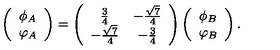
\left( \begin{array} { c } { \phi _ { A } } \\ { \varphi _ { A } } \\ \end{array} \right) = \left( \begin{array} { c c } { \frac { 3 } { 4 } } & { - \frac { \sqrt { 7 } } { 4 } } \\ { - \frac { \sqrt { 7 } } { 4 } } & { - \frac { 3 } { 4 } } \\ \end{array} \right) \left( \begin{array} { c } { \phi _ { B } } \\ { \varphi _ { B } } \\ \end{array} \right) .